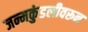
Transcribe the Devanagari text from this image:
जन्मकुंडलीवरून